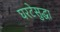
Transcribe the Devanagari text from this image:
घरटेसुद्धा